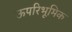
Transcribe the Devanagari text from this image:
ऊपरिभूमिक